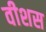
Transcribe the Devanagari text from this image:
वीशस